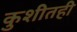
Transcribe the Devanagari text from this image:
कुशीतही